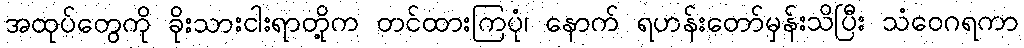
အထုပ်တွေကို ခိုးသားငါးရာတို့က တင်ထားကြပုံ၊ နောက် ရဟန်းတော်မှန်းသိပြီး သံဝေဂရကာ